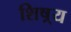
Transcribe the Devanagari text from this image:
शिष़्य